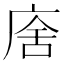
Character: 𢉃